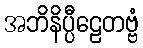
အဘိနိပ္ပီဠေတဗ္ဗံ